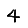
Digit: 4